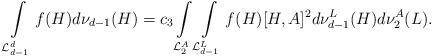
LaTeX: \begin{align*}\int \limits_{{\cal L}^{d}_{d-1}}f(H)d\nu_{d-1}(H) = c_{3} \int \limits_{{\cal L}^{A}_{2}}\int \limits_{{\cal L}^{L}_{d-1}}f(H)[H,A]^{2}d\nu_{d-1}^{L}(H)d\nu_{2}^{A}(L).\end{align*}